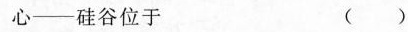
心——硅谷位于 ( )